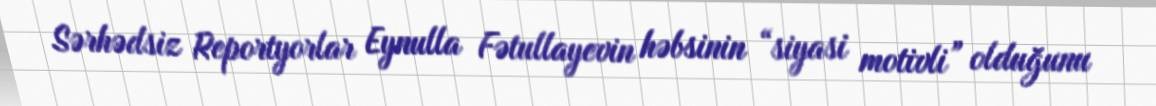
Sərhədsiz Reportyorlar Eynulla Fətullayevin həbsinin “siyasi motivli” olduğunu